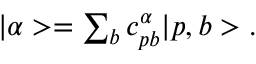
\begin{array} { r } { | \alpha > = \sum _ { b } c _ { p b } ^ { \alpha } | p , b > . } \end{array}